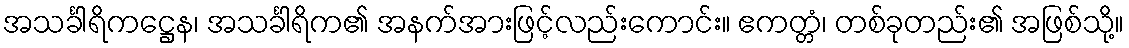
အသင်္ခါရိကဋ္ဌေန၊ အသင်္ခါရိက၏ အနက်အားဖြင့်လည်းကောင်း။ ဧကတ္တံ၊ တစ်ခုတည်း၏ အဖြစ်သို့။